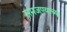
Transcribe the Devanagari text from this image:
समजण्याच्या